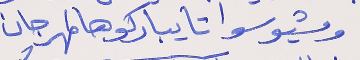
ومشيو سوا تا يباركو هالمهرجان